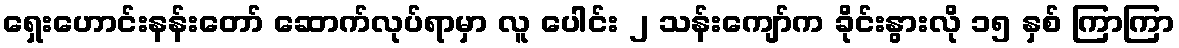
ရှေးဟောင်းနန်းတော် ဆောက်လုပ်ရာမှာ လူ ပေါင်း ၂ သန်းကျော်က ခိုင်းနွားလို ၁၅ နှစ် ကြာကြာ